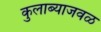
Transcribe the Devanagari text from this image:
कुलाब्याजवळ